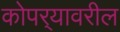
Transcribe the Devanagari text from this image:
कोपर्‍यावरील